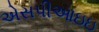
એસપીઆઇઇ